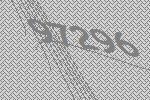
97296